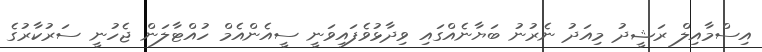
އިސްމާއިލް ރަޝީދު މިއަދު ނެރުނު ބަޔާނެއްގައި ވިދާޅުވެފައިވަނީ ސީއެންއެމް ހުއްޓާލަން ޖެހުނީ ސަރުކާރުގެ